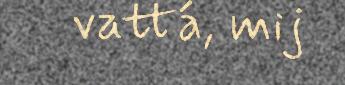
vattá, mij